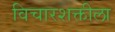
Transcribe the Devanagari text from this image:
विचारशक्तीला